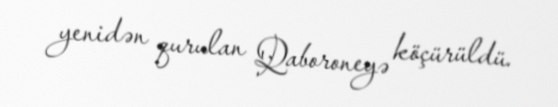
yenidən qurulan Qaboroneyə köçürüldü.